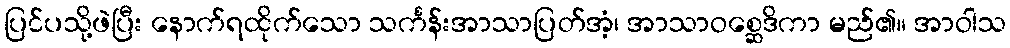
ပြင်ပသို့ဖဲပြီး နောက်ရထိုက်သော သင်္ကန်းအာသာပြတ်အံ့၊ အာသာဝစ္ဆေဒိကာ မည်၏။ အာဝါသ